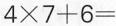
$$4 \times 7 + 6 =$$